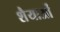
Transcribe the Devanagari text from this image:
शैैयाओं